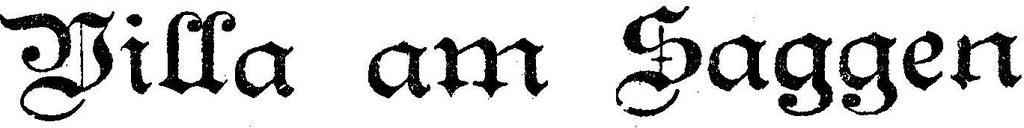
Villa am Saggen